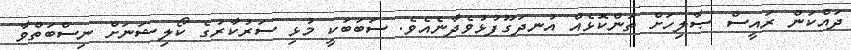
ދައްކަން ރައީސް ޞާލިހަށް ތަންކޮޅެއް އުނދަގޫފުޅުވެދާނެއެވެ. ސަބަބަކީ މުޅި ސަރުކާރުގެ ކޯލިޝަނަށް ނިސްބަތްވާ